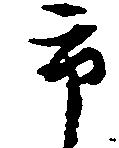
市